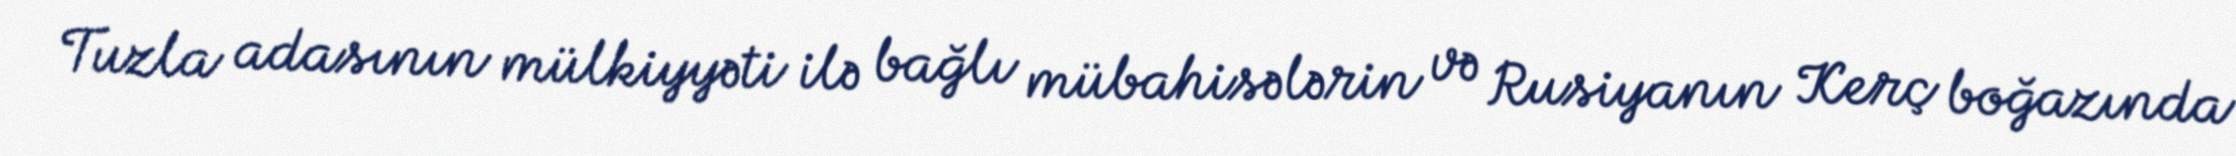
Tuzla adasının mülkiyyəti ilə bağlı mübahisələrin və Rusiyanın Kerç boğazında